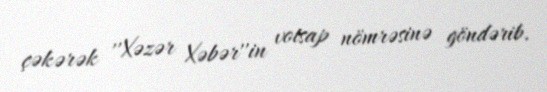
çəkərək ''Xəzər Xəbər''in votsap nömrəsinə göndərib.